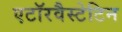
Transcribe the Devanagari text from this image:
एटॉरवैस्टेटिन